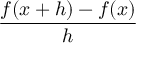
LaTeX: \frac { f ( x + h ) - f ( x ) } { h }